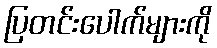
ပြတင်းပေါက်များကို